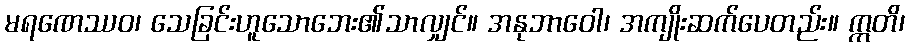
မရဏေဿဝ၊ သေခြင်းဟူသောဘေး၏သာလျှင်။ အနုဘာဝေါ၊ အကျိုးဆက်ပေတည်း။ ဣတိ၊